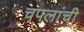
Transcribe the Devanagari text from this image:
चपलांची